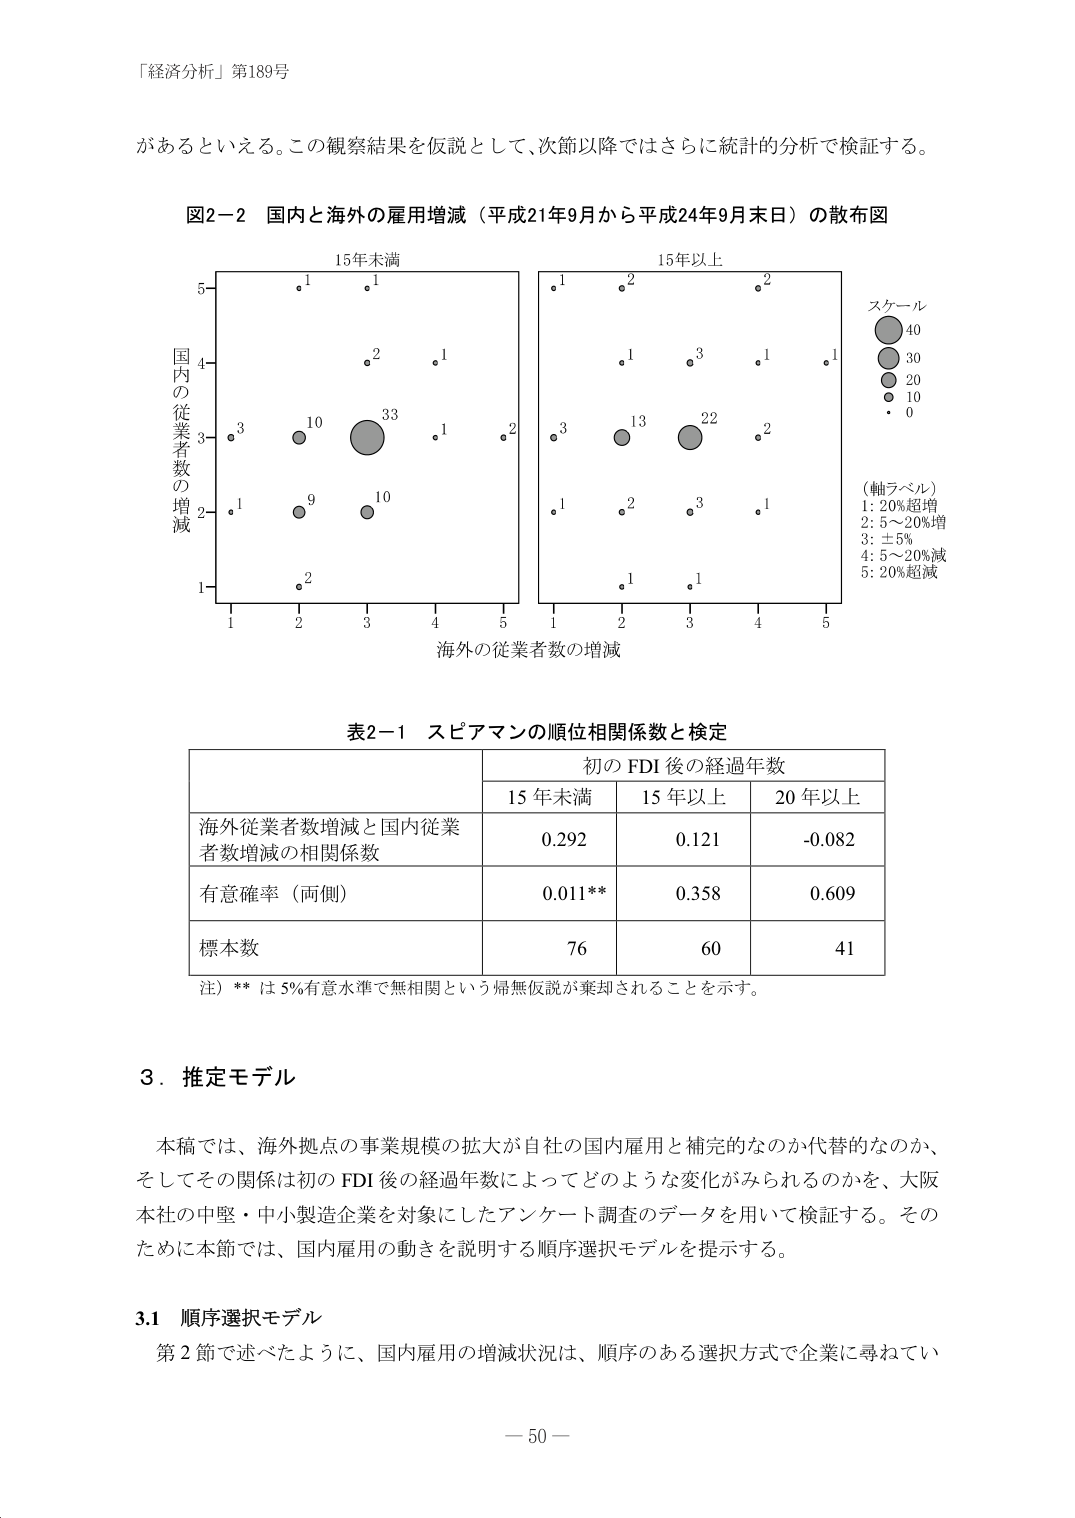
「経済分析」第189号

があるといえる。この観察結果を仮説として、次節以降ではさらに統計的分析で検証する。

図2-2 国内と海外の雇用増減（平成21年9月から平成24年9月末日）の散布図

15年未満
15年以上

国内の従業者数の増減
5
4
3
2
1

海外の従業者数の増減
1 2 3 4 5
1 2 3 4 5

スケール
40
30
20
10
0

（軸ラベル）
1: 20%超増
2: 5～20%増
3: ±5%
4: 5～20%減
5: 20%超減

表2-1 スピアマンの順位相関係数と検定

初のFDI後の経過年数
15年未満 15年以上 20年以上

海外従業者数増減と国内従業者数増減の相関係数
0.292 0.121 -0.082

有意確率（両側）
0.011** 0.358 0.609

標本数
76 60 41

注）**は5%有意水準で無相関という帰無仮説が棄却されることを示す。

3．推定モデル

本稿では、海外拠点の事業規模の拡大が自社の国内雇用と補完的なのか代替的なのか、そしてその関係は初のFDI後の経過年数によってどのような変化がみられるのかを、大阪本社の中堅・中小製造企業を対象にしたアンケート調査のデータを用いて検証する。そのため本節では、国内雇用の動きを説明する順序選択モデルを提示する。

3.1 順序選択モデル

第2節で述べたように、国内雇用の増減状況は、順序のある選択方式で企業に尋ねてい

－50－